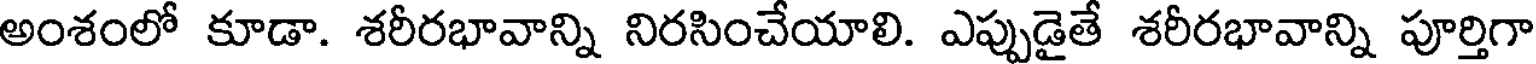
అంశంలో కూడా. శరీరభావాన్ని నిరసించేయాలి. ఎప్పుడైతే శరీరభావాన్ని పూర్తిగా